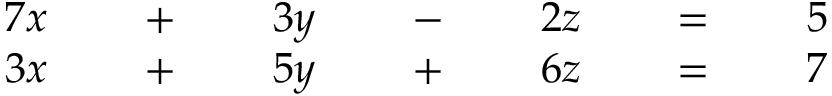
{ \begin{array} { r l r l r l r l r l r l r l } { { 7 } x } & { } & { \; + \; } & { } & { 3 y } & { } & { \; - \; } & { } & { 2 z } & { } & { \; = \; } & { } & { 5 } & { } \\ { 3 x } & { } & { \; + \; } & { } & { 5 y } & { } & { \; + \; } & { } & { 6 z } & { } & { \; = \; } & { } & { 7 } & { } \end{array} }